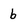
Character: b